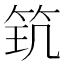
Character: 𥬶